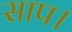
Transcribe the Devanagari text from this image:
साप।